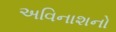
અવિનાશનો